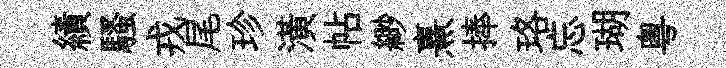
績騷戎尾珍潢帖緲熹捧珞忘瑚粤